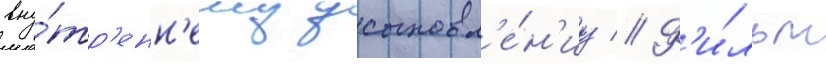
вну́тр'енн'ему усыновл'е́н'иу // Ф'и́льм